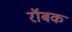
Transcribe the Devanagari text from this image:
रॉबक